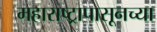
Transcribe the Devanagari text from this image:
महाराष्ट्रापासूनच्या